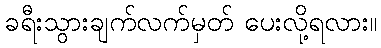
ခရီးသွားချက်လက်မှတ် ပေးလို့ရလား။